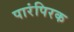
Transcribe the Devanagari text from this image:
पारंपिरक